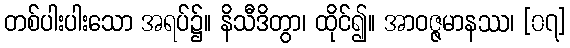
တစ်ပါးပါးသော အရပ်၌။ နိသီဒိတွာ၊ ထိုင်၍။ အာဝဇ္ဇမာနဿ၊ [၀၇]